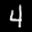
Label: 4